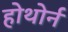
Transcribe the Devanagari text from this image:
होथोर्न